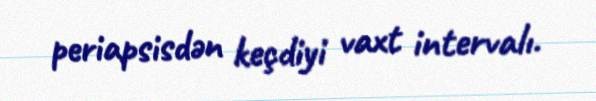
periapsisdən keçdiyi vaxt intervalı.